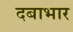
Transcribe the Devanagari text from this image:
दबाभार